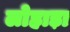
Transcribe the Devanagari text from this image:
लोहाड़ा